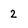
Character: 2